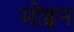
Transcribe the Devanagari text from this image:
मोह्नन